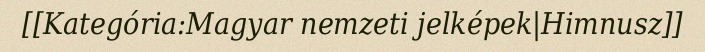
[[Kategória:Magyar nemzeti jelképek|Himnusz]]